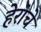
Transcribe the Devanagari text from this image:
हेरांचे